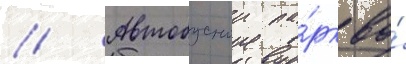
// Автобусныи па́рк во́